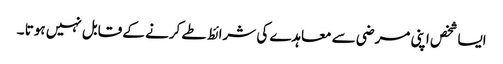
ایسا شخص اپنی مرضی سے معاہدے کی شرائط طے کرنے کے قابل نہیں ہوتا ۔